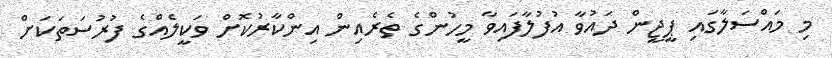
މި މައްސަލާގައި ޕީޖީން ދައުވާ އުފުލާފައިވާ މީހުންގެ ތެރެއިން އިންކާރުކޮށް ވަކީލެއްގެ ފުރުސަތަކަށް